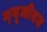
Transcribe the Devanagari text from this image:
म्‍यूजीयम